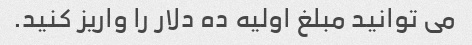
می توانید مبلغ اولیه ده دلار را واریز کنید.